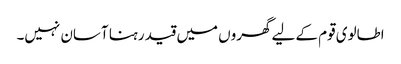
اطالوی قوم کے لیے گھروں میں قید رہنا آسان نہیں۔